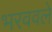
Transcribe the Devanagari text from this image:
भरववले